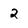
Character: 2